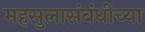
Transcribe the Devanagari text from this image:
महसुलासंबंधीच्या